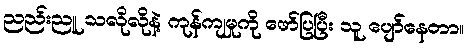
ညည်းညူ သလိုလိုနဲ့ ကုန်ကျမှုကို ဖော်ပြပြီး သူ ပျော်နေတာ။